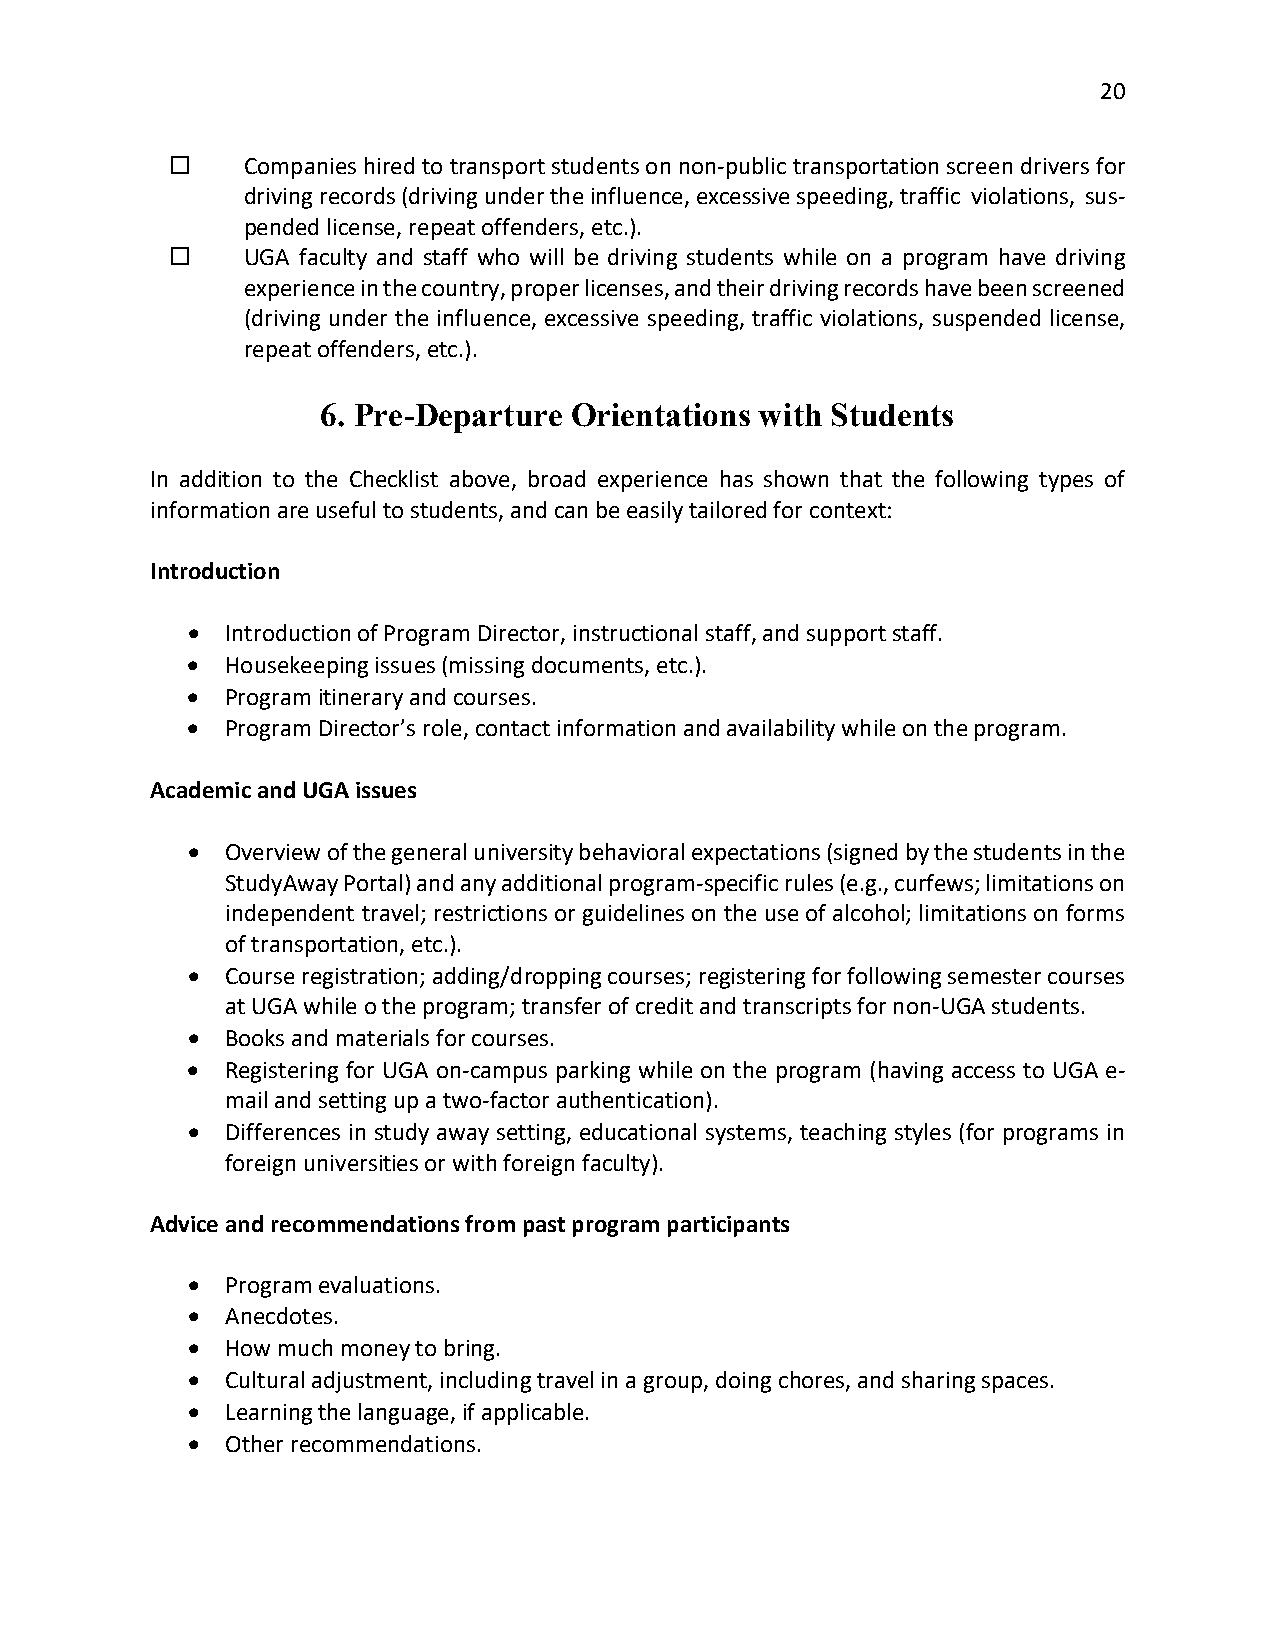
20
     Companies hired to transport students on non-public transportation screen drivers for
 driving records (driving under the influence, excessive speeding, traffic violations, sus-
 pended license, repeat offenders, etc.).
     UGA faculty and staff who will be driving students while on a program have driving
 experience in the country, proper licenses, and their driving records have been screened
 (driving under the influence, excessive speeding, traffic violations, suspended license,
 repeat offenders, etc.).
 6. Pre-Departure Orientations with Students
 In addition to the Checklist above, broad experience has shown that the following types of
 information are useful to students, and can be easily tailored for context:
 Introduction
 •  Introduction of Program Director, instructional staff, and support staff.
 •  Housekeeping issues (missing documents, etc.).
 •  Program itinerary and courses.
 •  Program Director’s role, contact information and availability while on the program.
 Academic and UGA issues
 •  Overview of the general university behavioral expectations (signed by the students in the
 StudyAway Portal) and any additional program-specific rules (e.g., curfews; limitations on
 independent travel; restrictions or guidelines on the use of alcohol; limitations on forms
 of transportation, etc.).
 •  Course registration; adding/dropping courses; registering for following semester courses
 at UGA while o the program; transfer of credit and transcripts for non-UGA students.
 •  Books and materials for courses.
 •  Registering for UGA on-campus parking while on the program (having access to UGA e-
 mail and setting up a two-factor authentication).
 •  Differences in study away setting, educational systems, teaching styles (for programs in
 foreign universities or with foreign faculty).
 Advice and recommendations from past program participants
 •  Program evaluations.
 •  Anecdotes.
 •  How much money to bring.
 •  Cultural adjustment, including travel in a group, doing chores, and sharing spaces.
 •  Learning the language, if applicable.
 •  Other recommendations.